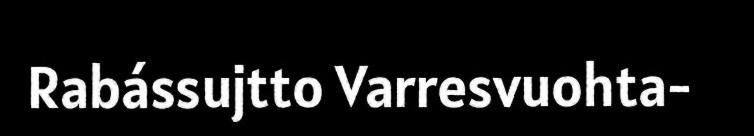
Rabássujtto Varresvuohta-